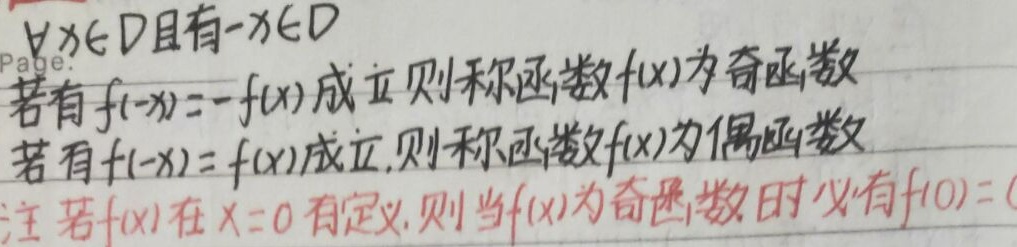
$\forall x\in D$且有\(-x\in D\)，若有\(f(-x)=-f(x)\)成立，则称函数\(f(x)\)为奇函数；若有\(f(-x)=f(x)\)成立，则称函数\(f(x)\)为偶函数。

注：若\(f(x)\)在\(x = 0\)有定义，则当\(f(x)\)为奇函数时必有\(f(0)=(0)\)（根据奇函数性质\(f(-0)=-f(0)\)，即\(f(0)= -f(0)\)，可得\(2f(0)=0\)，所以\(f(0)=0\) ，这里猜测括号里应该是\(0\)）